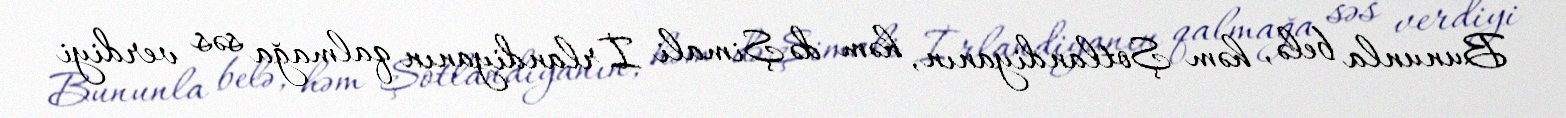
Bununla belə, həm Şotlandiyanın, həm də Şimali İrlandiyanın qalmağa səs verdiyi